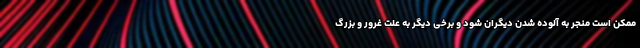
ممکن است منجر به آلوده شدن دیگران شود و برخی دیگر به علت غرور و بزرگ